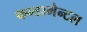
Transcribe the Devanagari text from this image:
फन्डामेन्टल